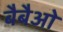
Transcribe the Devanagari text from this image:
बैबैओ